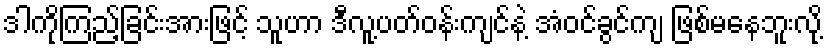
ဒါကိုကြည့်ခြင်းအားဖြင့် သူဟာ ဒီလူ့ပတ်ဝန်းကျင်နဲ့ အံဝင်ခွင်ကျ ဖြစ်မနေဘူးလို့